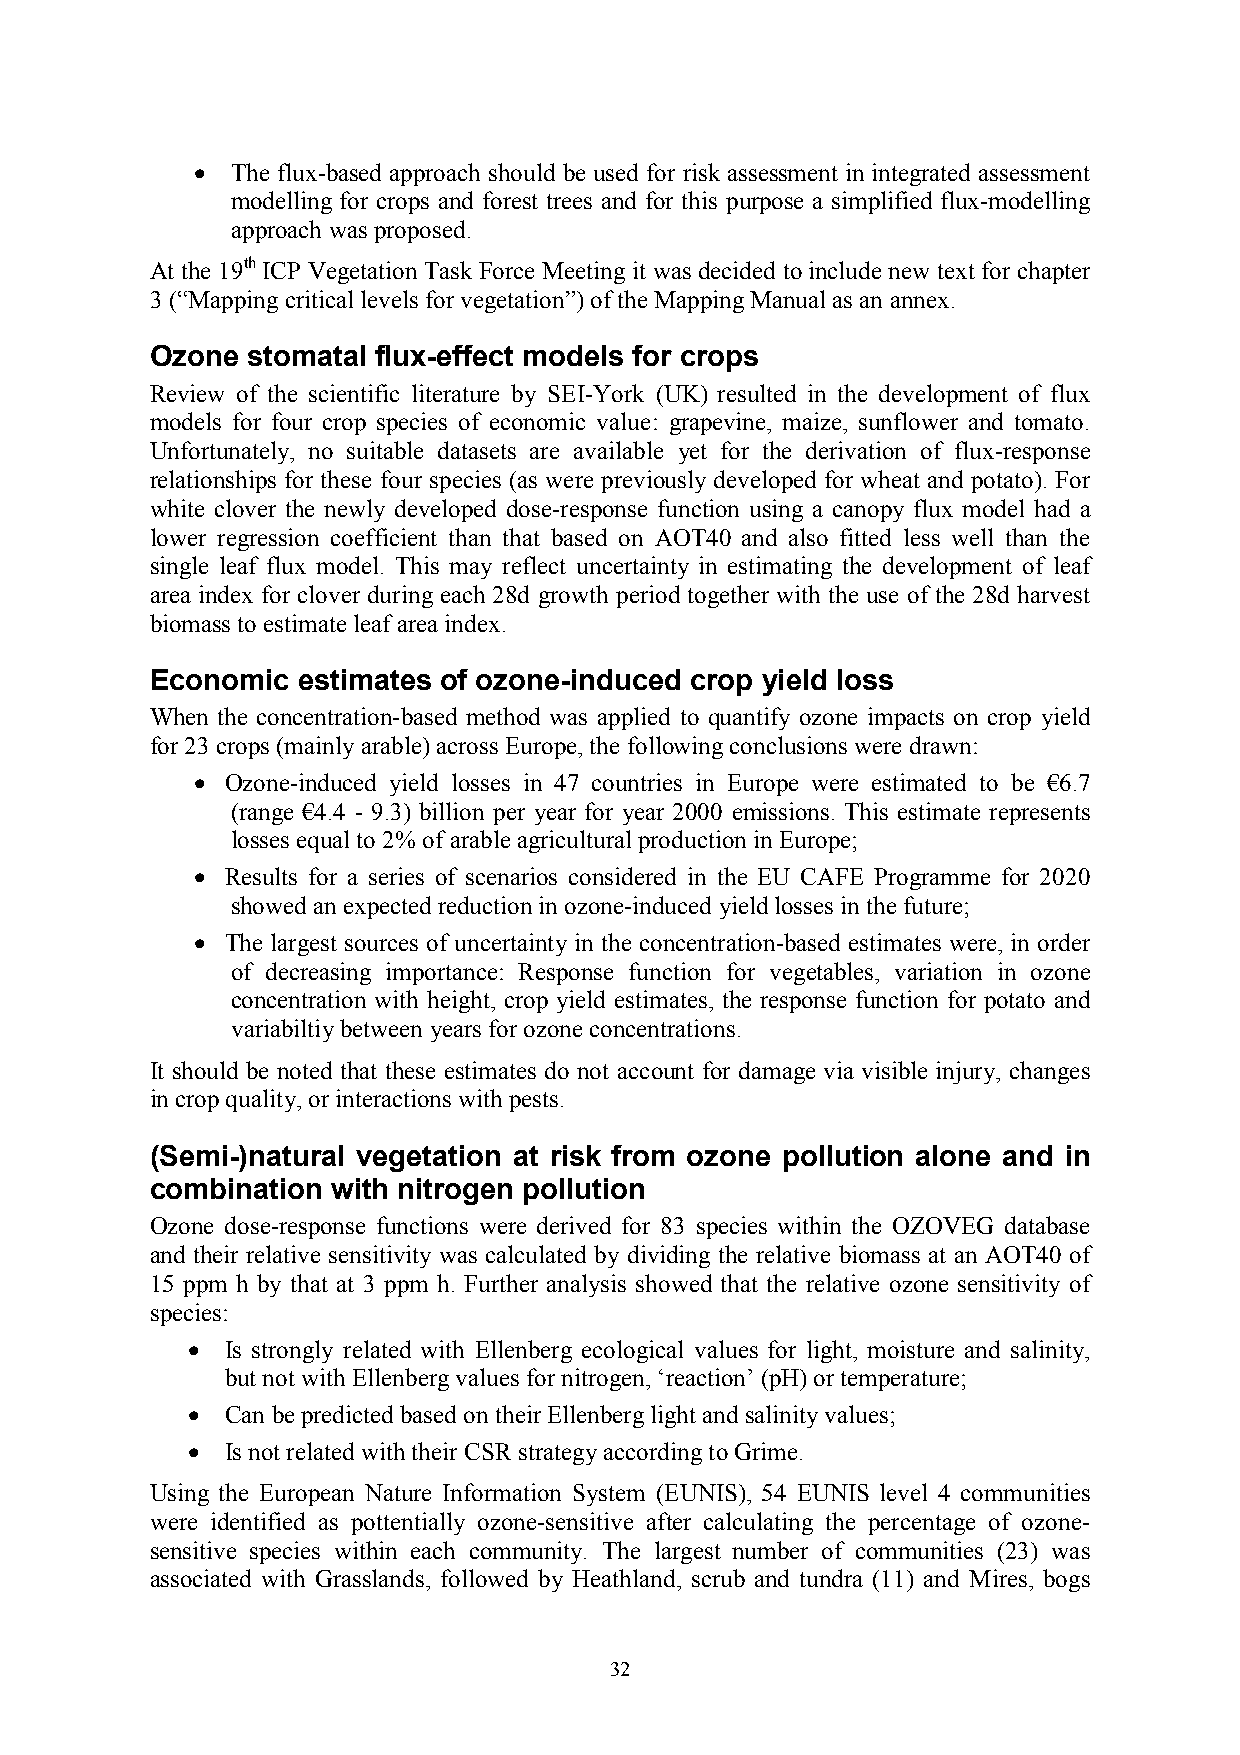
• The flux-based approach should be used for risk assessment in integrated assessment
 modelling for crops and forest trees and for this purpose a simplified flux-modelling
 approach was proposed.
 At the 19th ICP Vegetation Task Force Meeting it was decided to include new text for chapter
 3 (“Mapping critical levels for vegetation”) of the Mapping Manual as an annex.
 Ozone stomatal flux-effect models for crops
 Review of the scientific literature by SEI-York (UK) resulted in the development of flux
 models for four crop species of economic value: grapevine, maize, sunflower and tomato.
 Unfortunately, no suitable datasets are available yet for the derivation of flux-response
 relationships for these four species (as were previously developed for wheat and potato). For
 white clover the newly developed dose-response function using a canopy flux model had a
 lower regression coefficient than that based on AOT40 and also fitted less well than the
 single leaf flux model. This may reflect uncertainty in estimating the development of leaf
 area index for clover during each 28d growth period together with the use of the 28d harvest
 biomass to estimate leaf area index.
 Economic  estimates of ozone-induced crop yield loss
 When the concentration-based method was applied to quantify ozone impacts on crop yield
 for 23 crops (mainly arable) across Europe, the following conclusions were drawn:
 • Ozone-induced yield losses in 47 countries in Europe were estimated to be €6.7
 (range €4.4 - 9.3) billion per year for year 2000 emissions. This estimate represents
 losses equal to 2% of arable agricultural production in Europe;
 • Results for a series of scenarios considered in the EU CAFE Programme for 2020
 showed an expected reduction in ozone-induced yield losses in the future;
 • The largest sources of uncertainty in the concentration-based estimates were, in order
 of decreasing importance: Response function for vegetables, variation in ozone
 concentration with height, crop yield estimates, the response function for potato and
 variabiltiy between years for ozone concentrations.
 It should be noted that these estimates do not account for damage via visible injury, changes
 in crop quality, or interactions with pests.
 (Semi-)natural vegetation at risk from ozone pollution alone and in
 combination with nitrogen pollution
 Ozone dose-response functions were derived for 83 species within the OZOVEG database
 and their relative sensitivity was calculated by dividing the relative biomass at an AOT40 of
 15 ppm h by that at 3 ppm h. Further analysis showed that the relative ozone sensitivity of
 species:
 •  Is strongly related with Ellenberg ecological values for light, moisture and salinity,
 but not with Ellenberg values for nitrogen, ‘reaction’ (pH) or temperature;
 •  Can be predicted based on their Ellenberg light and salinity values;
 •  Is not related with their CSR strategy according to Grime.
 Using the European Nature Information System (EUNIS), 54 EUNIS level 4 communities
 were identified as pottentially ozone-sensitive after calculating the percentage of ozone-
 sensitive species within each community. The largest number of communities (23) was
 associated with Grasslands, followed by Heathland, scrub and tundra (11) and Mires, bogs
 32